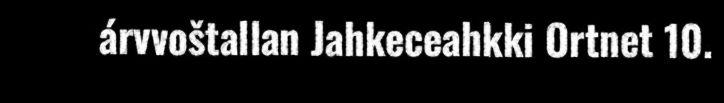
árvvoštallan Jahkeceahkki Ortnet 10.